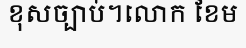
ខុសច្បាប់។លោក ខែម